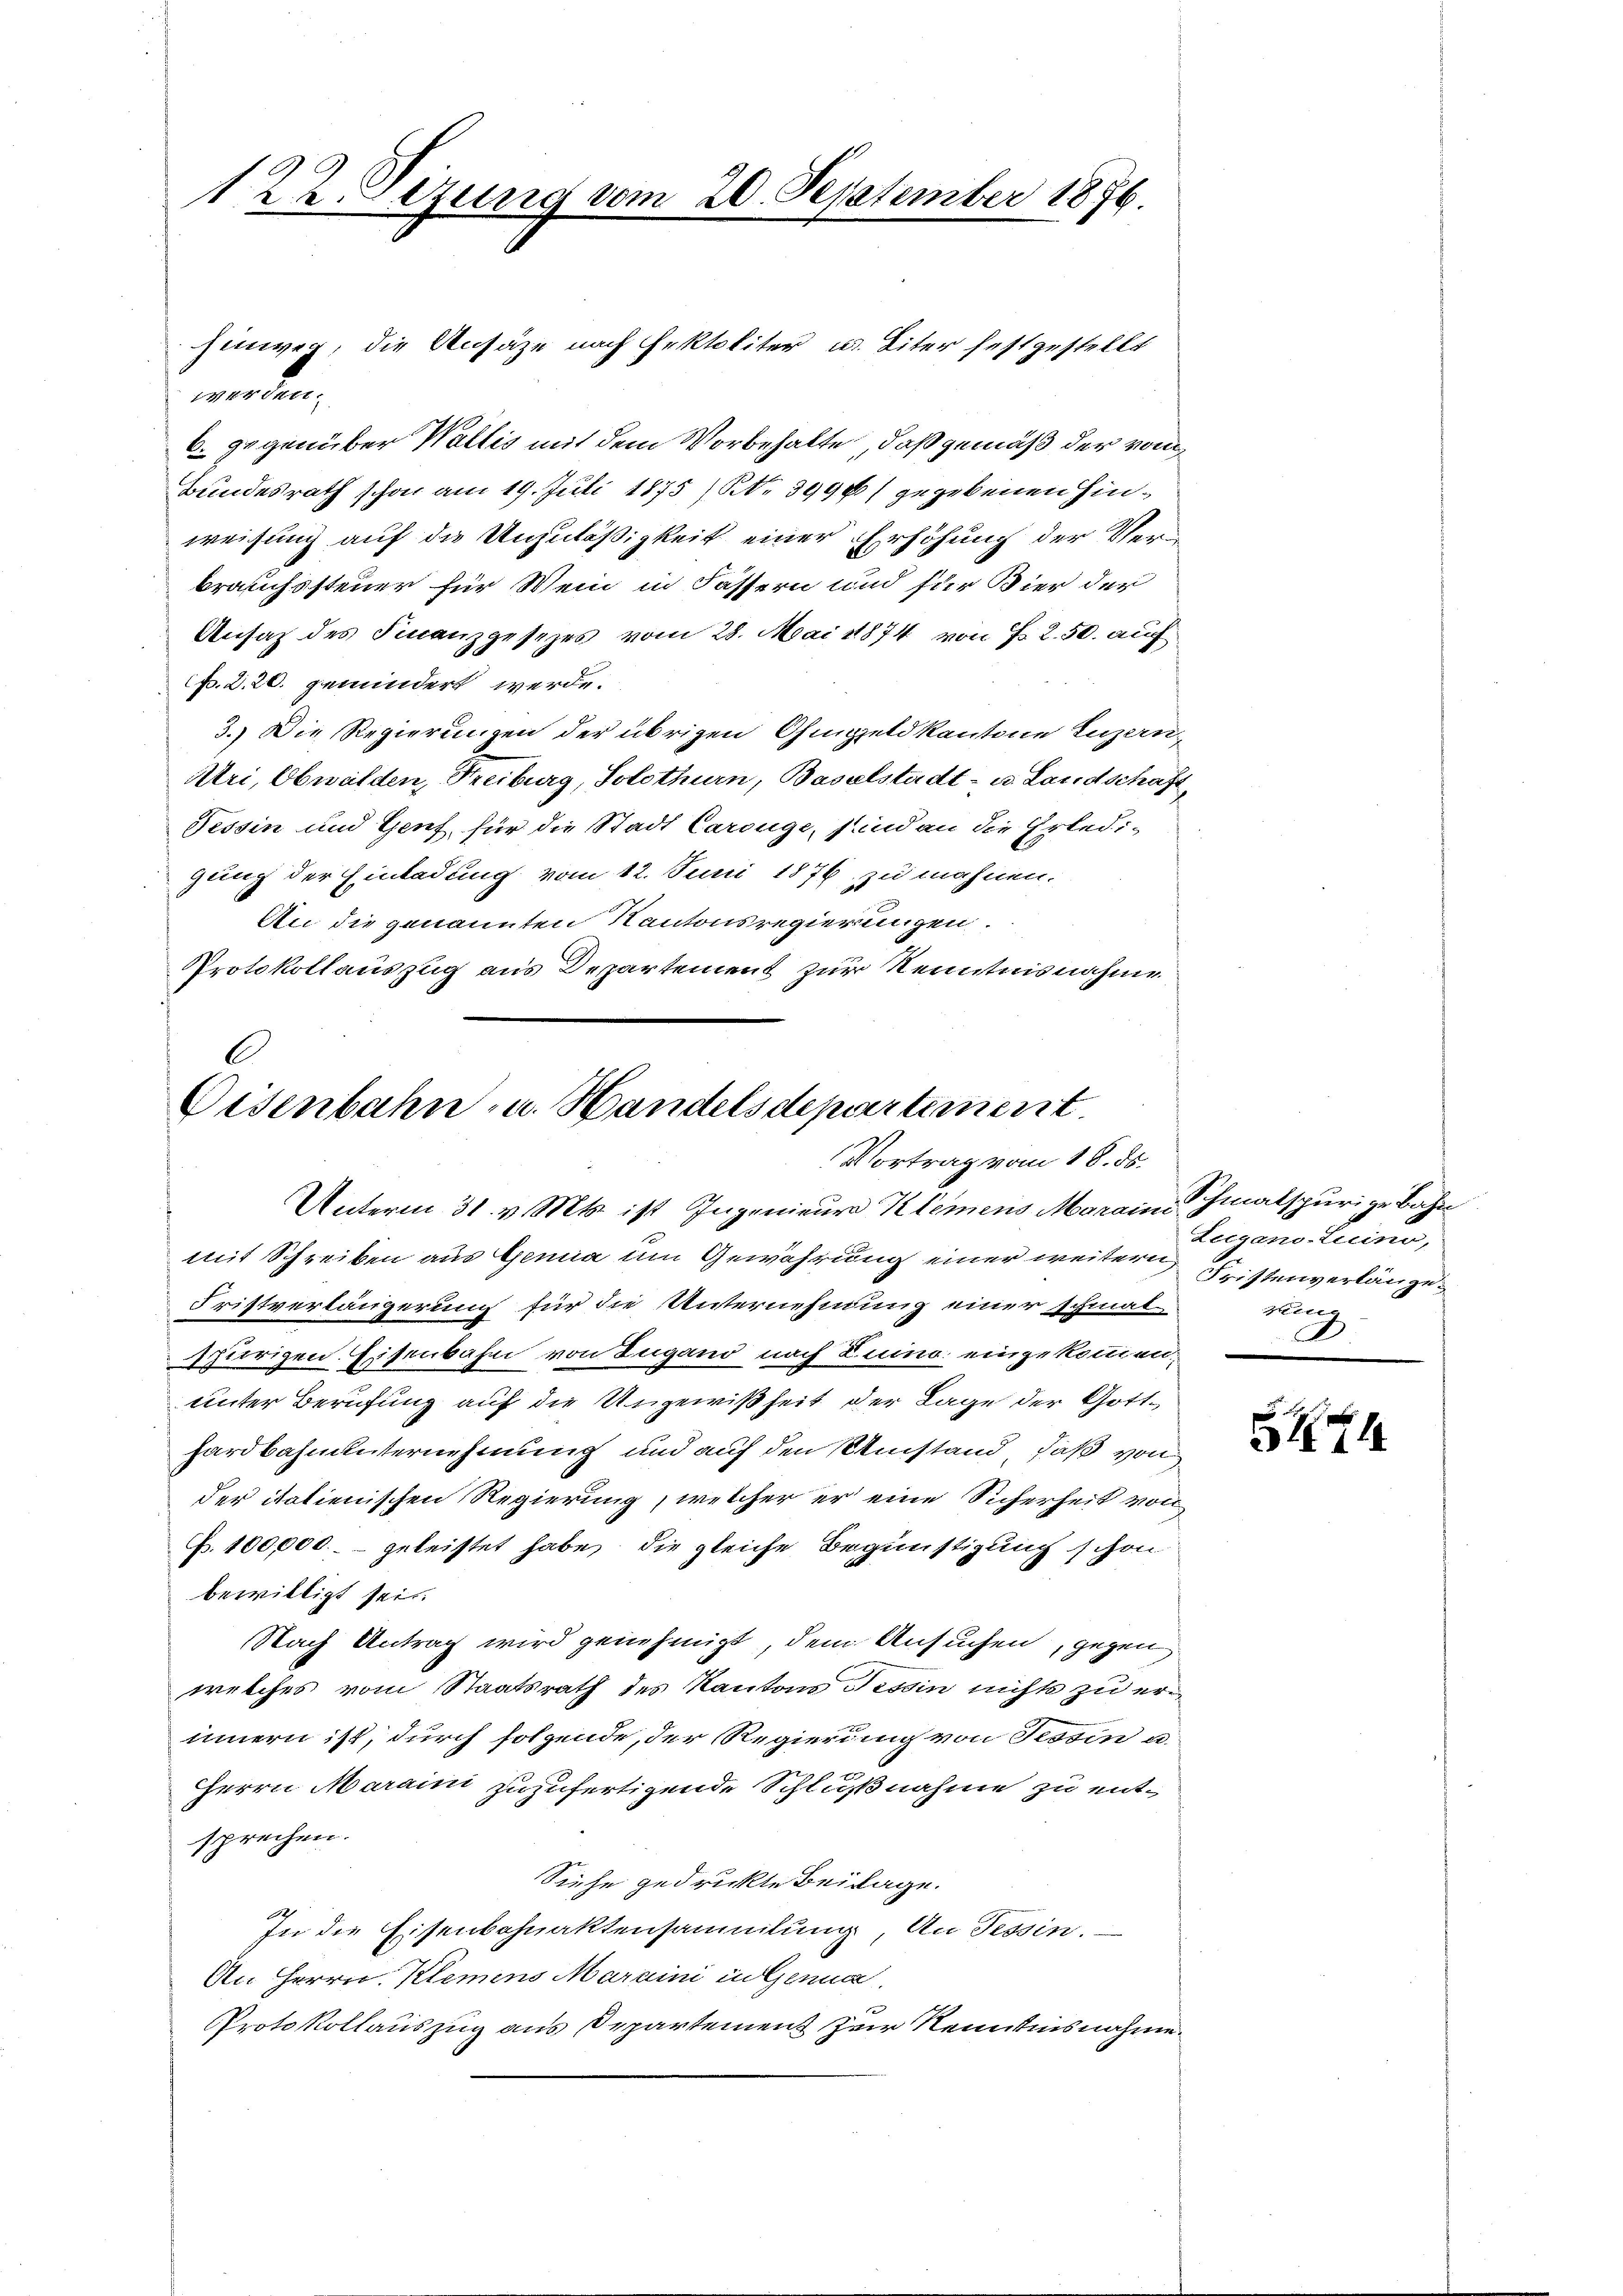
122. Sizung vom 20. September 1876.

hinwer, die Ansätze nach Erktoliter u. Liter festgestellt

werden.
6. gegenüber Wallis mit dem Vorbehalte, daß gemäß der vom
bundesrath schon am 19. Juli 1875) S. 399) gegebenen Hinweisung auf die Unzuläßigkeit einer Erhöhung der Verbrauchssteuer für Wein in Fassern und für Bier der
Ansatz des Finanzgesezes vom 28. Mai 1874 von Fr. 2. 50. auf
p. 2. 26. gemindert werde.
3.) Die Regierungen der übrigen Ohmgeld kantone Luzern-
Uri, Obwalden, Freiburg, Solothurn, Baselstadt- u. Landschaft,
Tessin und Genf für die Stadt Carouge, sind an die Erledi-
gung der Einladung vom 12. Juni 1876 zu mahnen.
An die genannten Kantonsregierungen.
Protokollauszug aus Departement zur Kenntnisnahme

.
Eisenbahn - u. Handels departement.
Vortrag vom 18. ds.
Unterm 31. v. Mts. ist Ingenieure Klemens Marain, Schmalspurige Bahn

mit Schreiben aus Genia um Gewährung einer weitern Fristenverlänge
Fristverlängerung für die Unternehmung einer schmal-
spurigen. Eisenbahn von Lugano nach Luino eingekommen,
unter Berufung auf die Ungewißheit der Lage der Gotthardbahnunternehmung und auf den Umstand, daß von
der italienischen Regierung, welcher er eine Sicherheit von
Nr. 100,000.- geleistet habe, die gleiche Begünstigung schon
bewilligt sei.
Nach Antrag wird genehmigt, dem Ansuchen, gegen
welches vom Staatsrath des Kantons Tessin nichts zu erinnern ist, durch folgende, der Regierung von Tessin a.
Herrn Marain zuzufertigende Schlußnahme zu entsprechen.
Siehe gedruckte Beilage.
In die Eisenbahnaktensammlung, An Tessin.
An Herrn Klemens Maraini in Genua
Protokollauszug aus Departement zur Kenntnisnahme.

Leegens lecius,
Mit
D

544